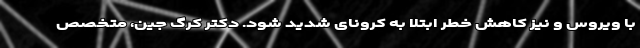
با ویروس و نیز کاهش خطر ابتلا به کرونای شدید شود. دکتر کرگ جین، متخصص